Annual administration report of the Civil Veterinary Department of India - 1897-1898
Year: 1897
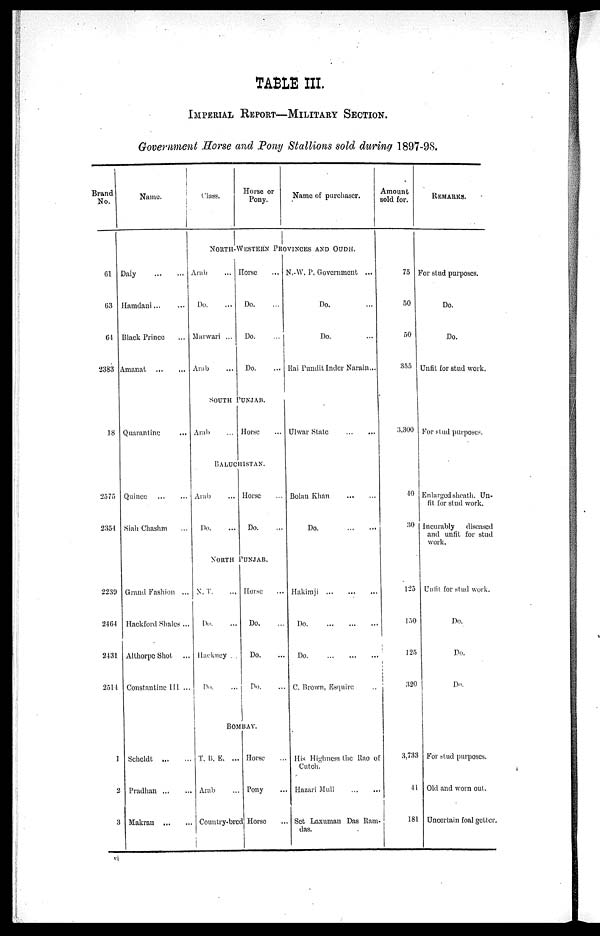
TABLE III.
IMPERIAL REPORT—MILITARY SECTION.
Government Horse and Pony Stallions sold during 1897-98.
Brand
No.
61
63
64
2383
18
2575
2354
2239
2464
2431
2514
1
2
3
Name.
Class.
Horse or
Pony.
Name of purchaser.
Amount
sold for.
NORTH-WESTERN PROVINCES AND OUDH.
Daly ... ...
Hamdani ... ...
Black Prince
Amanat ... ...
Arab
...
Do. ...
Marwari ...
Arab ...
Horse ...
Do. ...
Do. ...
Do. ...
N.W. P. Government ...
Do. ...
Do. ...
Rai Pundit Inder Narain ...
75
50
50
355
SOUTH PUNJAB.
Quarantine ...
Arab
...
Horse ...
Ulwar State ... ...
3,300
BALUCHISTAN.
Quince ... ...
Siah Chashm ...
Arab ...
Do. ...
Horse ...
Do. ...
Bolan Khan ... ...
Do. ... ...
40
30
NORTH
PUNJAB.
Grand Fashion ...
Hackford Shales ...
Althorpe Shot
Constantine III . ...
X. T. ...
Do. ...
Hackney . . ...
Do. ...
Horse ...
Do. ...
Do. ...
Do. ...
Hakimji ... ... ...
Do ... ... ...
Do ... ... ...
C. Brown, Esquire ...
125
150
125
320
BOMBAY.
Scheldt ... ...
Pradhan ... ...
Makran ...
T. B. E. ...
Arab ...
Country-bred
Horse ...
Pony ...
Horse ...
His Highness the Rao of
Cutch.
Hazari Mull ... ...
Set Laxuman Das Ram
das.
3,733
41
181
REMARKS.
For stud purposes.
Do.
Do.
Unfit for stud work.
For stud purposes.
Enlarged sheath. Un-
fit for stud work.
Incurably
diseased
and unfit for stud
work.
Unfit for stud work.
Do.
Do.
Do.
For stud purposes.
Old and worn out.
Uncertain foal getter.
vi